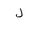
Letter: _lam